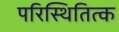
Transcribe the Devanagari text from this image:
परिस्थितित्क